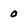
Character: 0